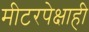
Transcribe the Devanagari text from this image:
मीटरपेक्षाही